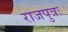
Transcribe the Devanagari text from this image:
राजपुत्रः